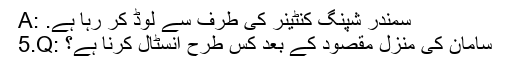
A: سمندر شپنگ کنٹینر کی طرف سے لوڈ کر رہا ہے.
5.Q: سامان کی منزل مقصود کے بعد کس طرح انسٹال کرنا ہے؟